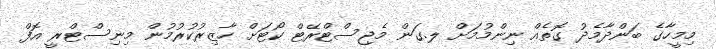
މިމީހާގެ ބަންދާމެދު ގޮތެއް ނިންމުމަށް ލ.ގަން މެޖިސްޓްރޭޓް ކޯޓަށް ހާޒިރުކުރުމުން މިނިސްޓްރީ އޮފް